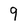
Character: 9